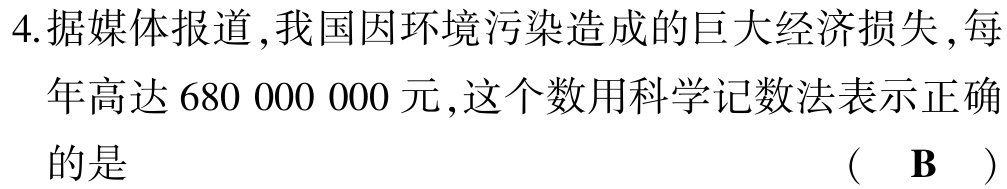
4.据媒体报道,我国因环境污染造成的巨大经济损失,每年高达$680\ 000\ 000$元,这个数用科学记数法表示正确的是 （ $\mathbf{B}$ ）